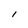
Character: l